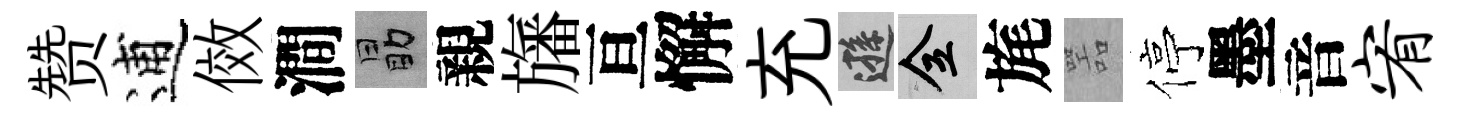
赞逋傚澗勗親旛亘懈充遜全旄噐停墨音宥